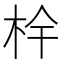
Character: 𭩧